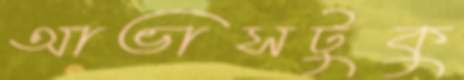
আভাসটুকু